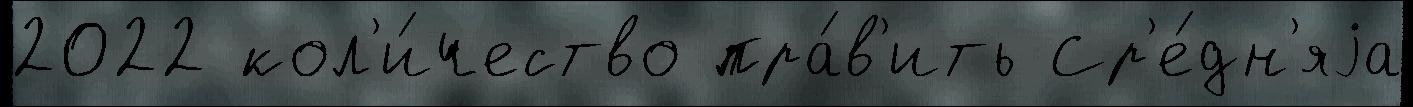
2022 кол'и́чество пра́в'ить Ср'е́дн'яjа